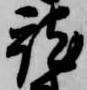
就